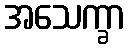
အသေက္ခာ